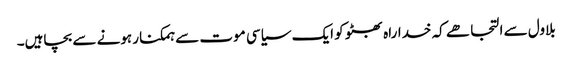
بلاول سے التجا ھے کہ خداراہ بھٹو کو ایک سیاسی موت سے ہمکنار ہونے سے بچاہیں۔